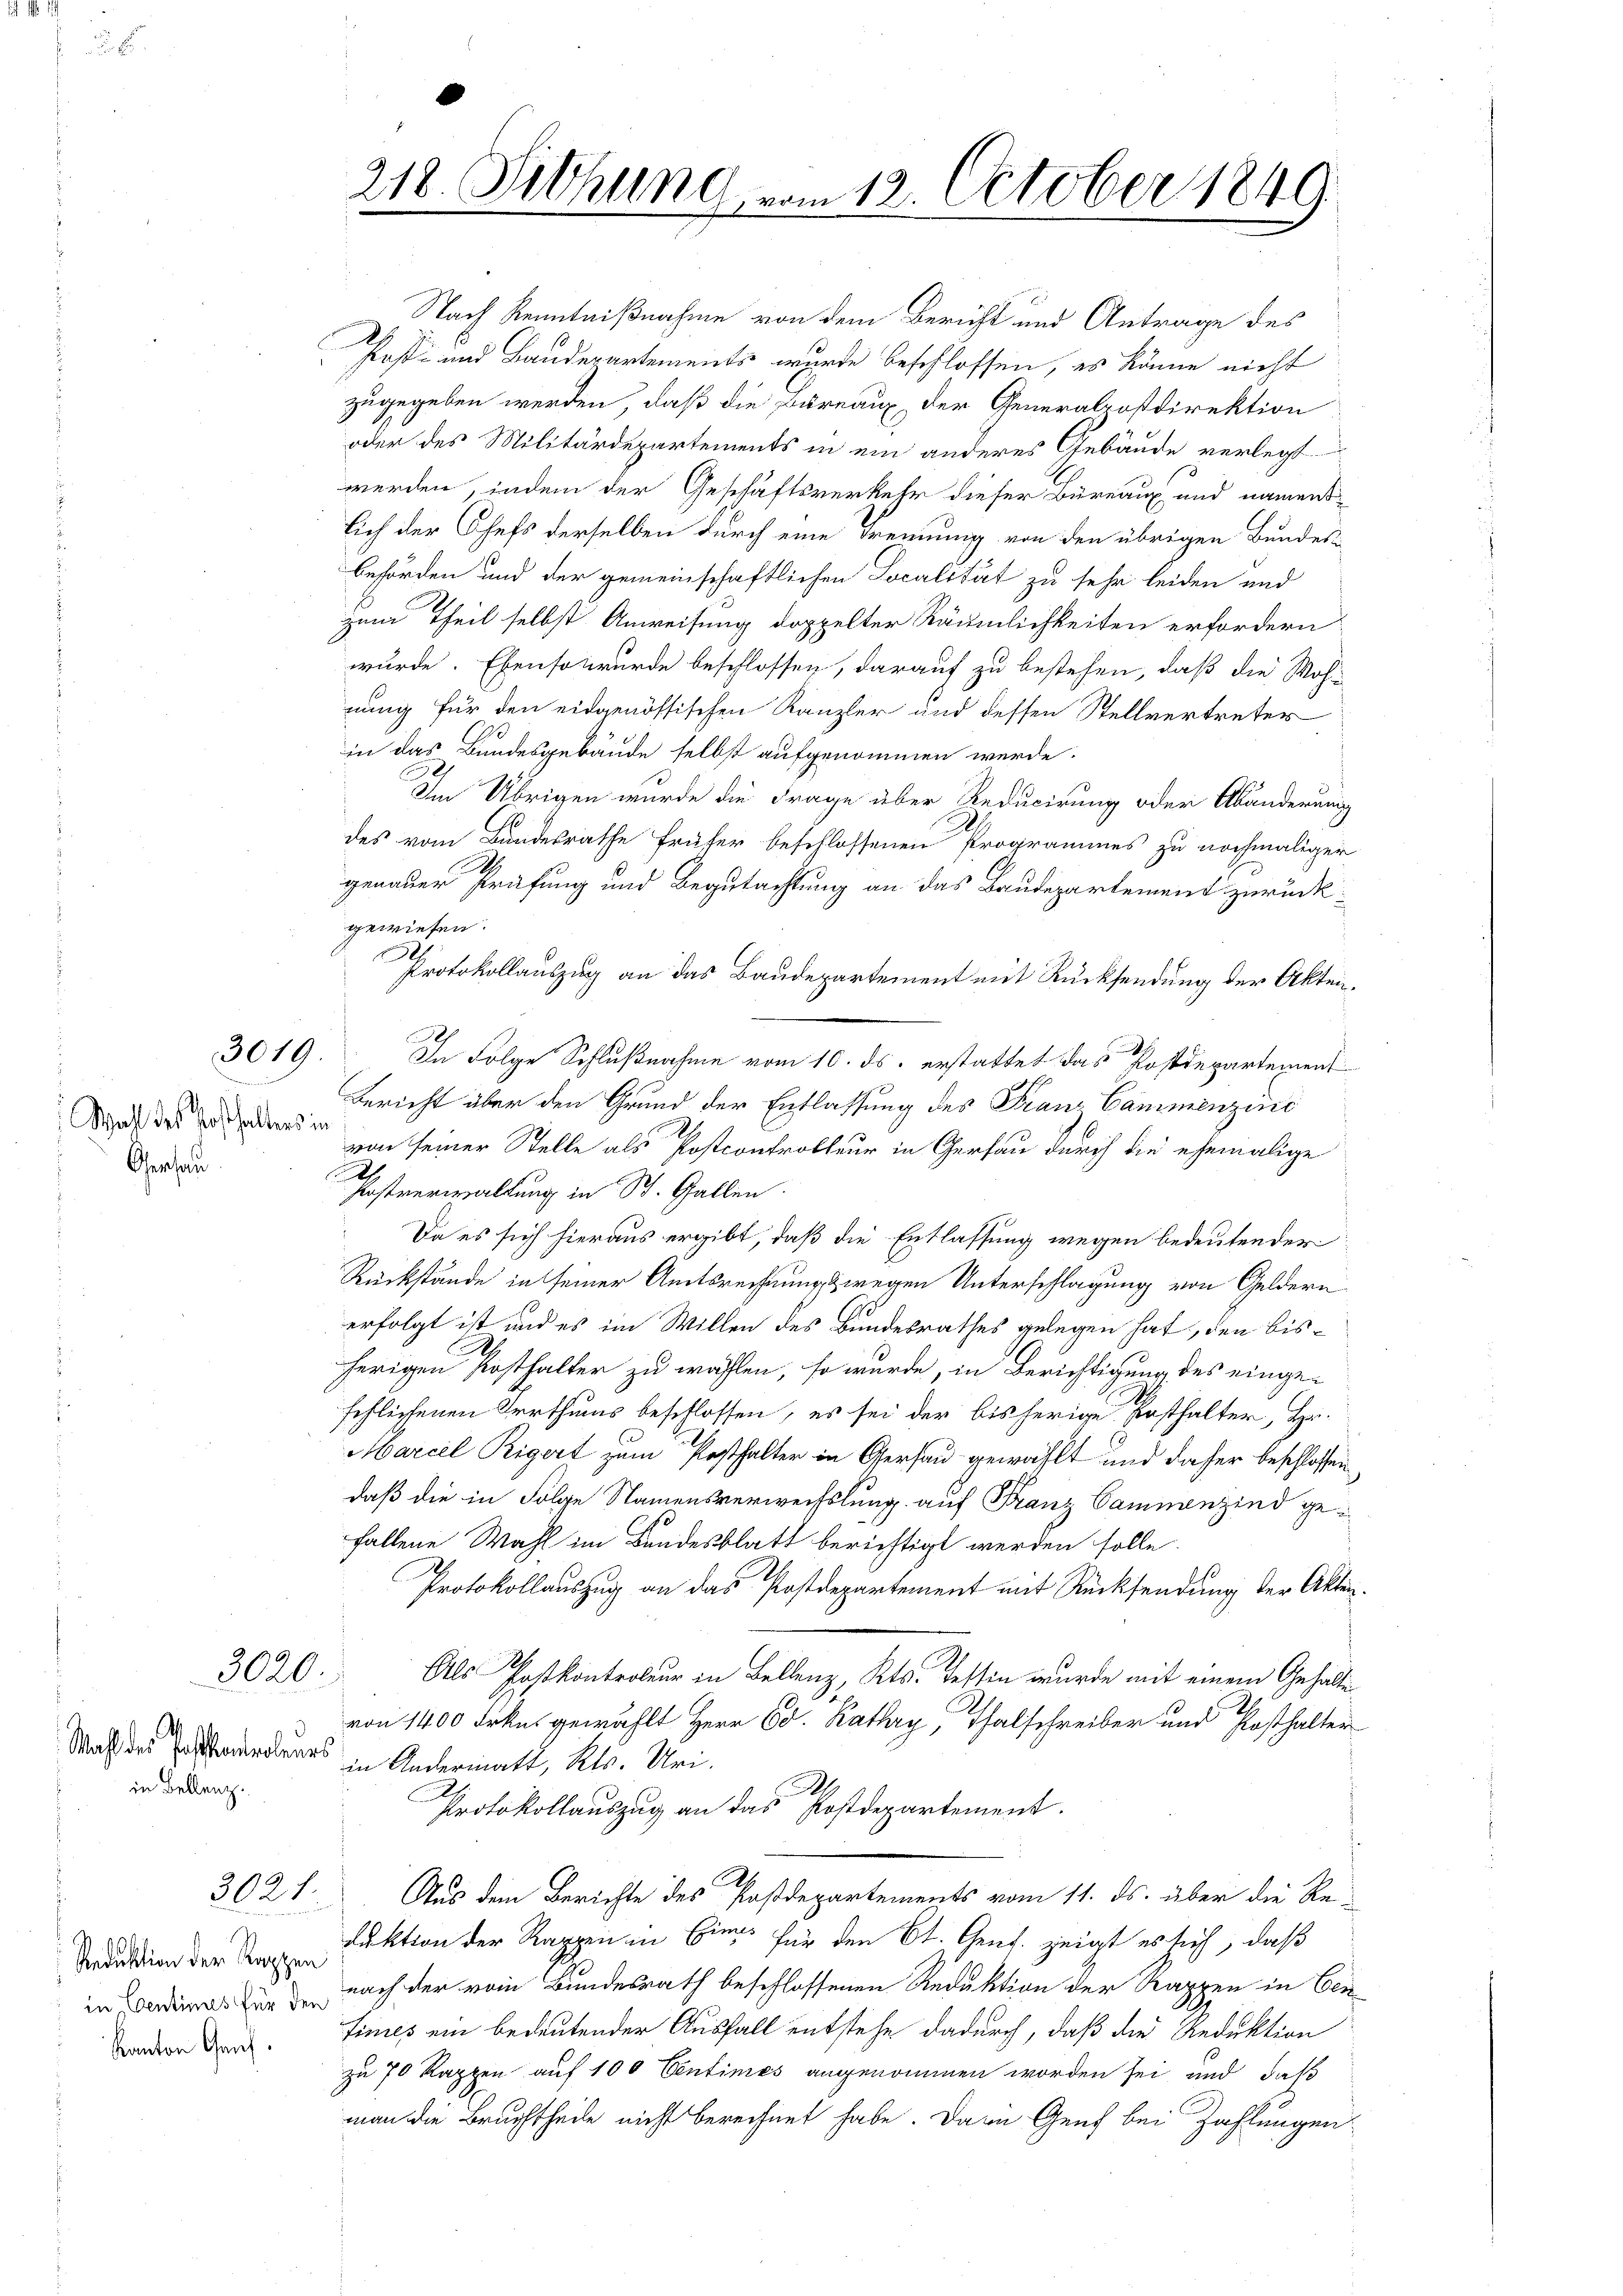
3019

Wahl des Posthalters in
Oserhau

3020.

Wahl der Postkontrolene
in Bellenz.

3021.

Reduktion der Kappen
in Centimes für den
Kanton Genf

218. Dechung, vom 12. October 1849.

Nach Kenntnißnahme von dem Bericht und Antrage des
Post- und Baudepartements wurde beschlossen, es könne nicht
zugegeben werden, daß die Bureaux der Generalpostdirektion
oder des Militärdepartements in ein anderes Gebäude verlegt
werden, indem der Geschäftsverkehr dieser Büreaux und namens-
lich der Chefs derselben durch eine Trennung von den übrigen Bundes-
behörden und der gemeinschaftlichen Tocalität zu sehr leiden und
Zum Theil selbst Anweisung doppelter Räumlichkeiten erfordern
wurde. Ebenso wurde beschlossen, darauf zu bestehen, daß die Woh
nung für den eidgenössischen Kanzler und dessen Stellvertreter
in das Bundesgebäude selbst aufgenommen werde.
0
Im Übrigen wurde die Frage über Reducirung oder Abänderung
des vom Bundesrathe früher beschlossenen Programmes zu nochmaliger
genauer Prüfung und Begutachtung an das Baudepartement zurückgewiesen.
Protokollauszug an das Baudepartement mit Rücksendung der Akten¬
In Folge Schlußnahme vom 10. ds. erstattet das Postdepartement
Bericht über den Grund der Entlassung des Franz Cammenzins
von seiner Stelle als Postcontrolleur in Gersau durch die ehemalige
d
Postverwaltung in St. Gallen.
Da es sich hieraus ergibt, daß die Entlassung wegen bedeutender
Rückstände in seiner Amtsrechnung wegen Unterschlagung von Geldern
erfolgt ist und es im Willen des Bundesrathes gelegen hat, den bisherigen Posthalter zu wählen, so würde, in Berichtigung des eingesehlichenen Irrthums beschlossen, es sei der bisherige Ersthalter, Hr.
Marcel Rigert zum Posthalter in Gersau gewählt und daher beschlossen
daß die in Folge Namensverwechslung auf Franz Cammenzind gefallene Wahl im Bundesblatt berichtigt werden solle.
Protokollauszug an das Postdepartement mit Rücksendung der Akten¬
.
Als Postkontroleur in Bellenz, Kts. Tessin wurde mit einem Gehalten
von 1400 Frkn. gewählt Herr Ed. Kathry, Thalschreiber und Posthalter
in Andermatt, Kts. Uri.
Protokollauszug an das Postdepartement.
Aus dem Berichte des Postdepartements vom 11. ds. über die Re-
duktion der Rappen in Eins für den St. Gend. zeigt es sich, daß
nach der vom Bundesrath beschlossenen Reduktion der Rappen in Cen
fines ein bedeutender Ausfall entstehe dadurch, daß die Reduktion
zu 70 Rappen auf 100 Centimes angenommen worden sei und daß
man die Bruchtheile nicht berechnet habe. Dann Genf bei Zahlungen